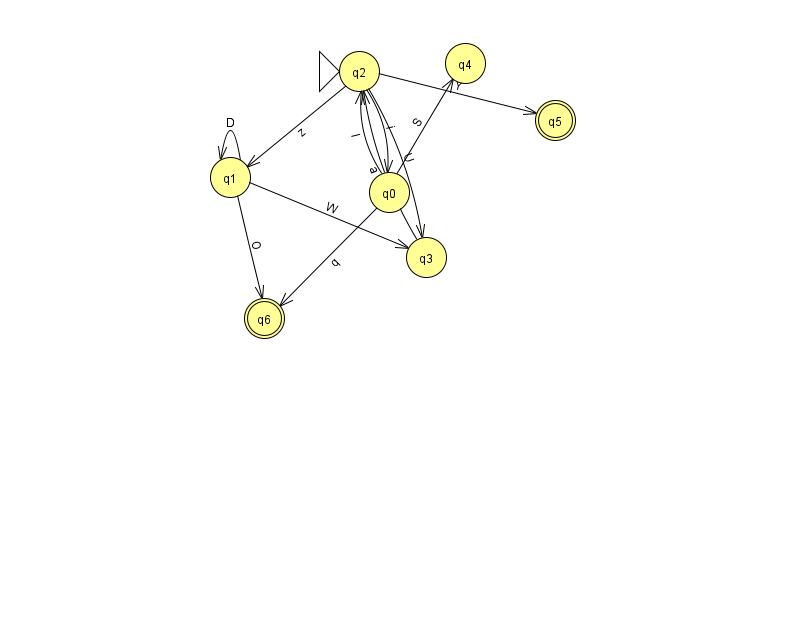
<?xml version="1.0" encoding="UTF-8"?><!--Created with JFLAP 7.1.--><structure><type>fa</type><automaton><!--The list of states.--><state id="0" name="q0"><x>389.0</x><y>179.0</y></state><state id="1" name="q1"><x>230.0</x><y>164.0</y></state><state id="2" name="q2"><x>359.0</x><y>58.0</y><initial/></state><state id="3" name="q3"><x>426.0</x><y>244.0</y></state><state id="4" name="q4"><x>465.0</x><y>50.0</y></state><state id="5" name="q5"><x>555.0</x><y>107.0</y><final/></state><state id="6" name="q6"><x>264.0</x><y>305.0</y><final/></state><!--The list of transitions.--><transition><from>0</from><to>2</to><read>l</read></transition><transition><from>2</from><to>3</to><read>U</read></transition><transition><from>1</from><to>6</to><read>O</read></transition><transition><from>1</from><to>1</to><read>D</read></transition><transition><from>2</from><to>1</to><read>z</read></transition><transition><from>2</from><to>0</to><read>i</read></transition><transition><from>3</from><to>2</to><read>a</read></transition><transition><from>2</from><to>5</to><read>Y</read></transition><transition><from>0</from><to>4</to><read>S</read></transition><transition><from>1</from><to>3</to><read>W</read></transition><transition><from>0</from><to>6</to><read>q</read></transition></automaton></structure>